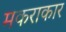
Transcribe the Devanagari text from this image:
मकराकार